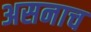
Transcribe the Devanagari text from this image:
असनाच